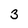
Character: 3